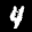
Label: 4